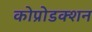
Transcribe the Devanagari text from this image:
कोप्रोडक्शन